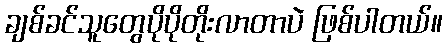
ချစ်ခင်သူတွေပိုပိုတိုးလာတာပဲ ဖြစ်ပါတယ်။